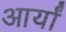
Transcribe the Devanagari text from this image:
आर्यां